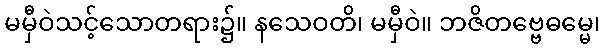
မမှီဝဲသင့်သောတရား၌။ နသေဝတိ၊ မမှီဝဲ။ ဘဇိတဗ္ဗေဓမ္မေ၊